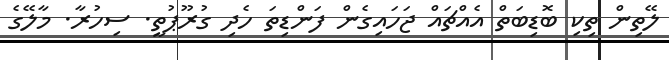
ލޭތިން ތިކި ބޮޑިބަތް އެއްޗައް ޖަހައިގެން ފަންޑިތަ ހެދި ގުރޫޕުތީ. ސިހުރާ. މާލޭގެ